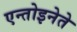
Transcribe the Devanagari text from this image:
एन्तोइनेते